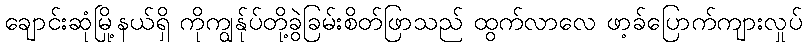
ချောင်းဆုံမြို့နယ်ရှိ ကိုကျွန်ုပ်တို့ခွဲခြမ်းစိတ်ဖြာသည် ထွက်လာလေ ဖာ့ခ်ပြောက်ကျားလှုပ်